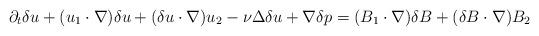
LaTeX: \begin{align*}\partial_{t}\delta u+(u_{1}\cdot\nabla)\delta u+(\delta u\cdot\nabla)u_{2}-\nu\Delta\delta u+\nabla\delta p=(B_{1}\cdot\nabla)\delta B+(\delta B\cdot\nabla)B_{2}\end{align*}